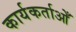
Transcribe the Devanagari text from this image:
कार्यकर्ताओँ